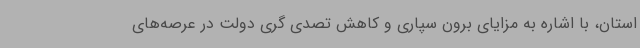
استان، با اشاره به مزایای برون سپاری و کاهش تصدی گری دولت در عرصه‌های